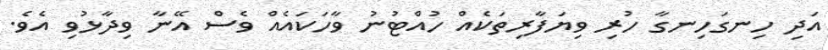
އަދި ހިނގަހިނގާ ހުރި ވިޔަފާރިތަކެއް ހުއްޓުނު ވާހަކައެއް ވެސް އޭނާ ވިދާޅުވި އެވެ.